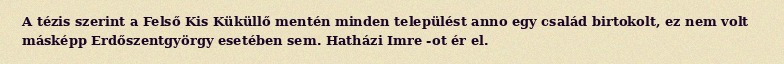
A tézis szerint a Felső Kis Küküllő mentén minden települést anno egy család birtokolt, ez nem volt másképp Erdőszentgyörgy esetében sem. Hatházi Imre -ot ér el.